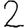
Digit: 2